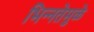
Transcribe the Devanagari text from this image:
भिन्‍नतेमुळे